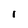
Character: l